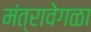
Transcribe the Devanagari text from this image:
मंत्रावेगळा